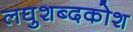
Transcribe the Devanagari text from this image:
लघुशब्दकोश